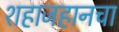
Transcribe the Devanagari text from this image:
शहाजहानचा